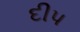
દીપ